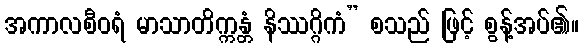
အကာလစီဝရံ မာသာတိက္ကန္တံ နိဿဂ္ဂိကံ” စသည် ဖြင့် စွန့်အပ်၏။